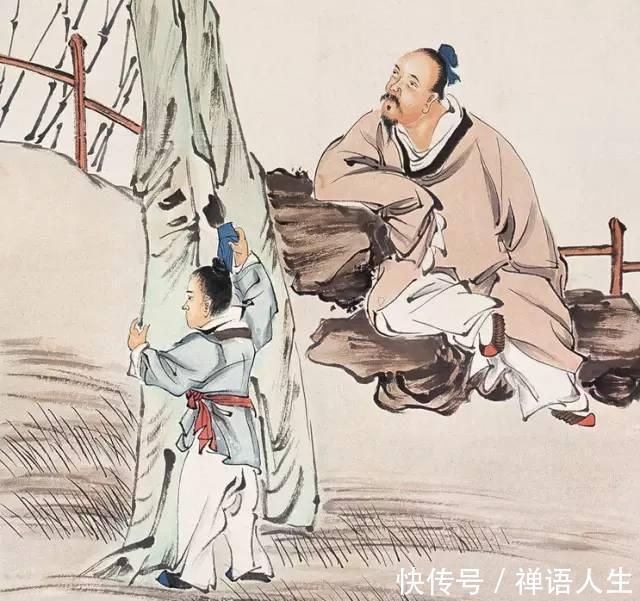
性者，本始材朴也伪者，文理隆盛也。无性则伪之无所加，无伪则性不能自美。